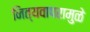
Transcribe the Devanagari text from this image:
नित्यवापरामुळे